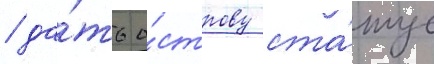
/ да́ть о́строву ста́тус